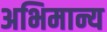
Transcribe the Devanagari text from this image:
अभिमान्य